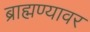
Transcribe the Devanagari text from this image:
ब्राह्मण्यावर